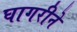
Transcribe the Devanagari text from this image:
घागरीने